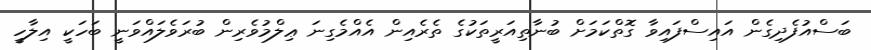
ބަސްއުފެދިގެން އައިސްފައިވާ ގޮތްކަމަށް ބުނާތިއަރީތަކުގެ ތެރެއިން އެއްމެގިނަ ޢިލްމުވެރިން ބުރަވެލައްވަނީ ބަހަކީ އިލާހީ